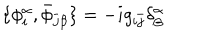
\{ \phi _ { i } ^ { \alpha } , \bar { \phi } _ { \bar { j } \beta } \} = - i g _ { i \bar { j } } \delta _ { \beta } ^ { \alpha }